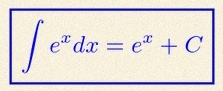
\int e^x dx=e^x+C